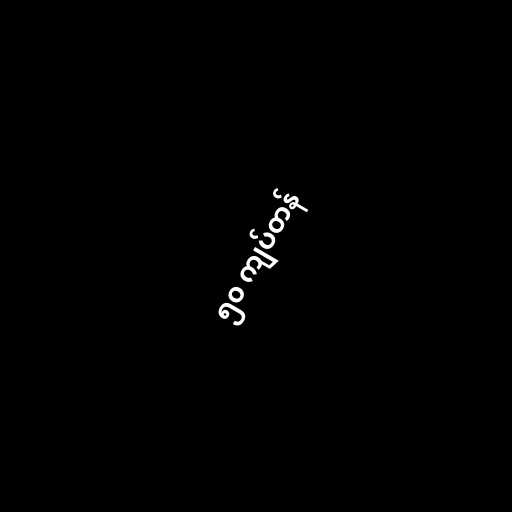
၅၀ ကျပ်တန်